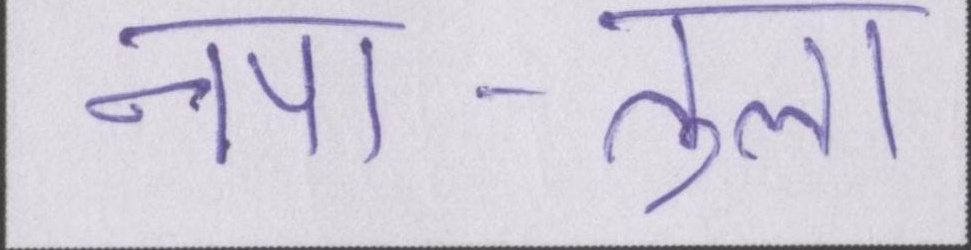
नपा-तुला